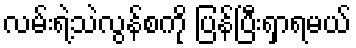
လမ်းရဲ့သဲလွန်စကို ပြန်ပြီးရှာရမယ်